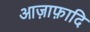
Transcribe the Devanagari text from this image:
आज़ाफ़ादि